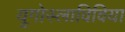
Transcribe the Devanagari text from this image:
यूगोस्लाविविया